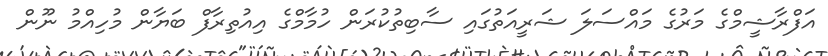
އަފްރާޝީމްގެ މަރުގެ މައްސަލަ ޝަރީއަތުގައި ސާބިތުކުރަން ހުމާމްގެ އިއުތިރާފް ބަޔާން މުހިއްމު ނޫން